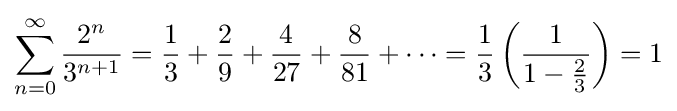
\sum _{n=0}^{\infty }{\frac {2^{n}}{3^{n+1}}}={\frac {1}{3}}+{\frac {2}{9}}+{\frac {4}{27}}+{\frac {8}{81}}+\cdots ={\frac {1}{3}}\left({\frac {1}{1-{\frac {2}{3}}}}\right)=1